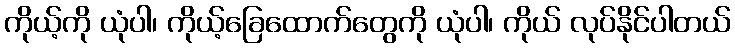
ကိုယ့်ကို ယုံပါ၊ ကိုယ့်ခြေထောက်တွေကို ယုံပါ၊ ကိုယ် လုပ်နိုင်ပါတယ်